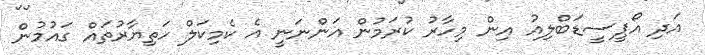
އަދި އޯޕީސީޑަބްލިއު އިން މިހާރު ކުރަމުން އަންނަނީ އެ ކެމިކަލް ހަތިޔާރުތައް ގައުމުން